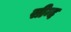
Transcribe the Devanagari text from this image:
सीन्द